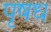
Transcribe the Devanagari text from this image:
पृषध